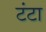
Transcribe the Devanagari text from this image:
टंटा